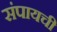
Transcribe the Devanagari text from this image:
संपायची